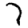
Digit: 7